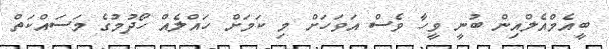
ބީއެމްއެލްއިން ބުނީ ވީހާ ވެސް އަވަހަށް މި ކަމަށް ހައްލެއް ހޯދުމުގެ މަސައްކަތް